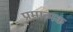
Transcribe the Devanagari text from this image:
प्रमात्मक